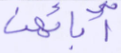
آبائهن